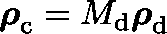
\boldsymbol { \mathbf { \rho } } _ { \mathrm { c } } = M _ { \mathrm { d } } \boldsymbol { \mathbf { \rho } } _ { \mathrm { d } }